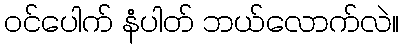
ဝင်ပေါက် နံပါတ် ဘယ်လောက်လဲ။